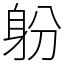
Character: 躮